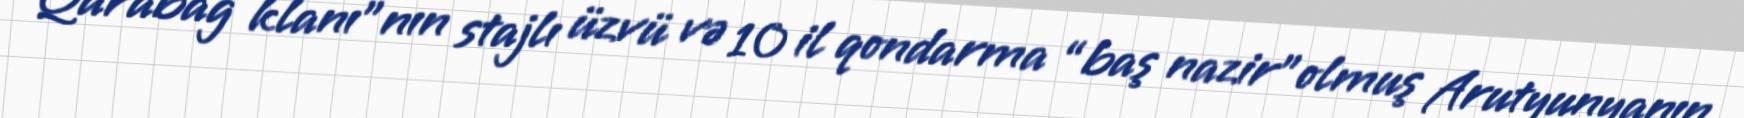
“Qarabağ klanı”nın stajlı üzvü və 10 il qondarma “baş nazir”olmuş Arutyunyanın